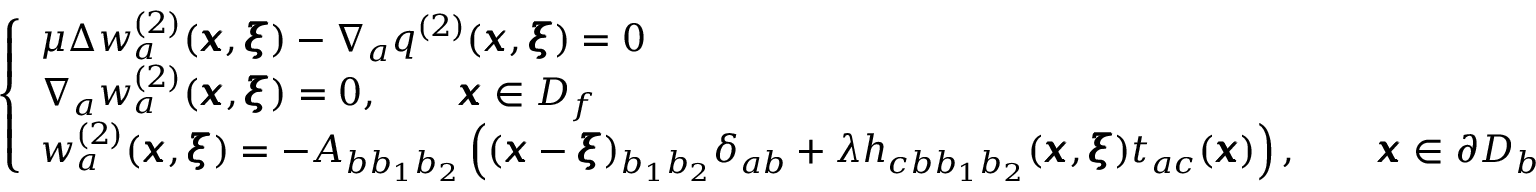
\left\{ \begin{array} { l l } { \mu \Delta w _ { a } ^ { ( 2 ) } ( { \pmb x } , { \pmb \xi } ) - \nabla _ { a } q ^ { ( 2 ) } ( { \pmb x } , { \pmb \xi } ) = 0 } \\ { \nabla _ { a } w _ { a } ^ { ( 2 ) } ( { \pmb x } , { \pmb \xi } ) = 0 , \qquad { \pmb x } \in D _ { f } } \\ { w _ { a } ^ { ( 2 ) } ( { \pmb x } , { \pmb \xi } ) = - A _ { b b _ { 1 } b _ { 2 } } \left( ( { \pmb x } - { \pmb \xi } ) _ { b _ { 1 } b _ { 2 } } \delta _ { a b } + { \lambda } h _ { c b b _ { 1 } b _ { 2 } } ( { \pmb x } , { \pmb \xi } ) t _ { a c } ( { \pmb x } ) \right) , \qquad { \pmb x } \in \partial D _ { b } } \end{array} \right.